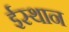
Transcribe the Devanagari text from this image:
ईस्थान